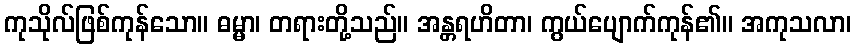
ကုသိုလ်ဖြစ်ကုန်သော။ ဓမ္မာ၊ တရားတို့သည်။ အန္တရဟိတာ၊ ကွယ်ပျောက်ကုန်၏။ အကုသလာ၊